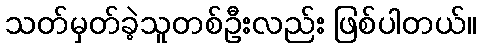
သတ်မှတ်ခဲ့သူတစ်ဦးလည်း ဖြစ်ပါတယ်။